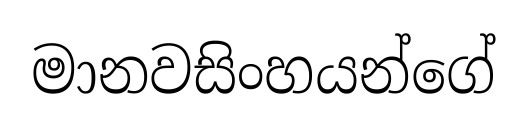
මානවසිංහයන්ගේ